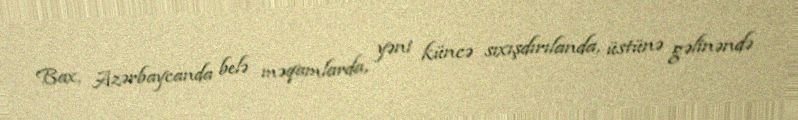
Bax, Azərbaycanda belə məqamlarda, yəni küncə sıxışdırılanda, üstünə gəlinəndə